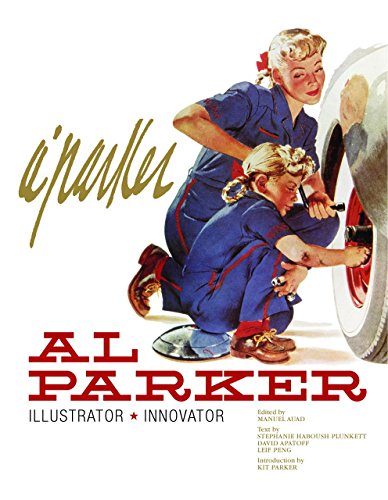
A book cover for Al Parker: Illustrator, Innovator; Reference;